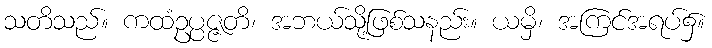
သတိသည်။ ကထံဥပ္ပဇ္ဇတိ၊ အဘယ်သို့ဖြစ်သနည်း။ ယမှိ၊ အကြင်အရပ်၌။